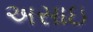
અસાઇ